Proceedings of the meeting of veterinary officers in India
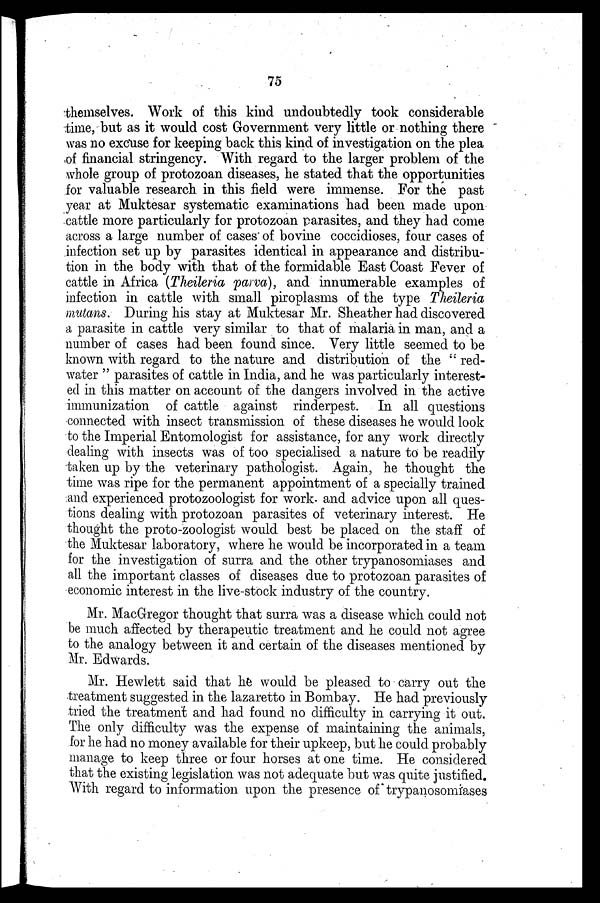
75
themselves. Work of this kind undoubtedly took considerable
time, but as it would cost Government very little or nothing there
was no excuse for keeping back this kind of investigation on the plea
of financial stringency. With regard to the larger problem of the
whole group of protozoan diseases, he stated that the opportunities
for valuable research in this field were immense. For the past
year at Muktesar systematic examinations had been made upon
cattle more particularly for protozoan parasites, and they had come
across a large number of cases of bovine coccidioses, four cases of
infection set up by parasites identical in appearance and distribu-
tion in the body with that of the formidable East Coast Fever of
cattle in Africa (Theileria parva), and innumerable examples of
infection in cattle with small piroplasms of the type Theileria
mutans. During his stay at Muktesar Mr. Sheather had discovered
a parasite in cattle very similar to that of malaria in man, and a
number of cases had been found since. Very little seemed to be
known with regard to the nature and distribution of the "red-
water" parasites of cattle in India, and he was particularly interest-
ed in this matter on account of the dangers involved in the active
immunization of cattle against rinderpest. In all questions
connected with insect transmission of these diseases he would look
to the Imperial Entomologist for assistance, for any work directly
dealing with insects was of too specialised a nature to be readily
taken up by the veterinary pathologist. Again, he thought the
time was ripe for the permanent appointment of a specially trained
and experienced protozoologist for work and advice upon all ques-
tions dealing with protozoan parasites of veterinary interest. He
thought the proto-zoologist would best be placed on the staff of
the Muktesar laboratory, where he would be incorporated in a team
for the investigation of surra and the other trypanosomiases and
all the important classes of diseases due to protozoan parasites of
economic interest in the live-stock industry of the country.
Mr. MacGregor thought that surra was a disease which could not
be much affected by therapeutic treatment and he could not agree
to the analogy between it and certain of the diseases mentioned by
Mr. Edwards.
Mr. Hewlett said that he would be pleased to carry out the
treatment suggested in the lazaretto in Bombay. He had previously
tried the treatment and had found no difficulty in carrying it out.
The only difficulty was the expense of maintaining the animals,
for he had no money available for their upkeep, but he could probably
manage to keep three or four horses at one time. He considered
that the existing legislation was not adequate but was quite justified.
With regard to information upon the presence of trypanosomiases